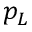
p _ { L }